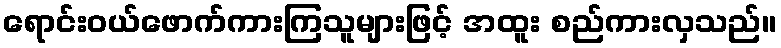
ရောင်းဝယ်ဖောက်ကားကြသူများဖြင့် အထူး စည်ကားလှသည်။